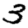
Digit: 3